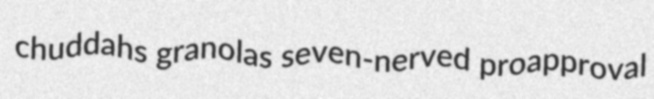
chuddahs granolas seven-nerved proapproval